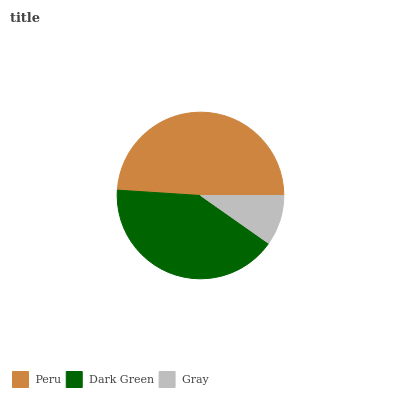
| Peru | Dark Green | Gray |
 | --- | --- | --- |
 | 49% | 41.2% | 9.76% |